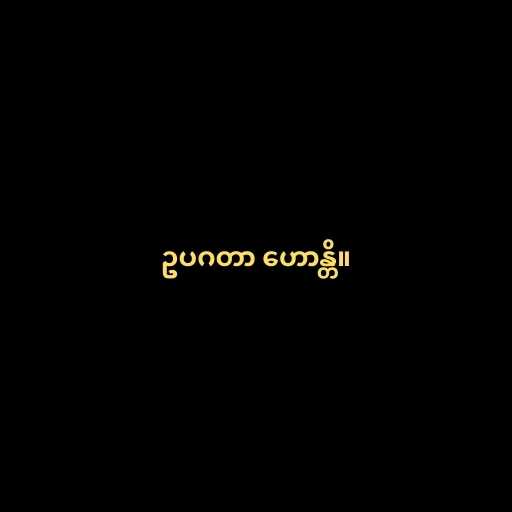
ဥပဂတာ ဟောန္တိ။